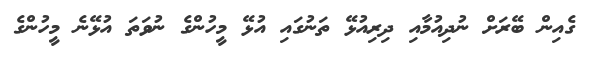
ގެއިން ބޭރަށް ނުދިއުމާއި ދިރިއުޅޭ ތަނުގައި އުޅޭ މީހުންގެ ނުވަތަ އުޅޭނެ މީހުންގެ